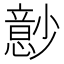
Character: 𰍬